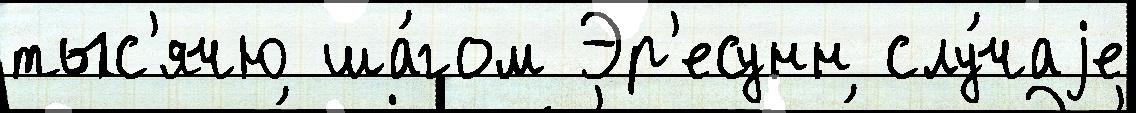
тыс'ячю ша́гом Эр'есунн слу́чаjе